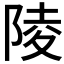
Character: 陵